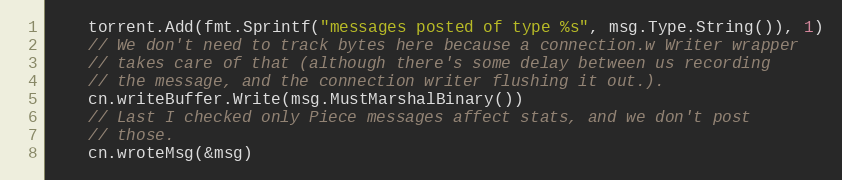
Language: Go
	torrent.Add(fmt.Sprintf("messages posted of type %s", msg.Type.String()), 1)
	// We don't need to track bytes here because a connection.w Writer wrapper
	// takes care of that (although there's some delay between us recording
	// the message, and the connection writer flushing it out.).
	cn.writeBuffer.Write(msg.MustMarshalBinary())
	// Last I checked only Piece messages affect stats, and we don't post
	// those.
	cn.wroteMsg(&msg)